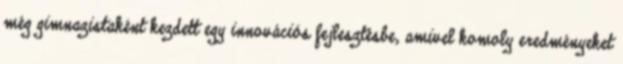
még gimnazistaként kezdett egy innovációs fejlesztésbe, amivel komoly eredményeket